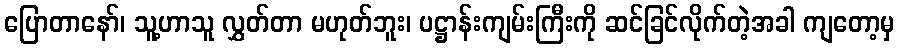
ပြောတာနော်၊ သူ့ဟာသူ လွှတ်တာ မဟုတ်ဘူး၊ ပဋ္ဌာန်းကျမ်းကြီးကို ဆင်ခြင်လိုက်တဲ့အခါ ကျတော့မှ